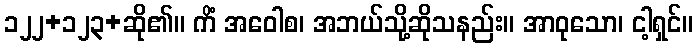
၁၂၂+၁၂၃+ဆို၏။ ကိံ အဝေါစ၊ အဘယ်သို့ဆိုသနည်း။ အာဝုသော၊ ငါ့ရှင်။